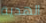
الهدية